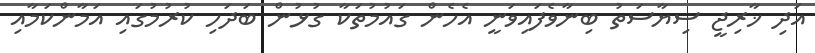
އަދި ޚާރިޖީ ސިޔާސަތު ބިނާވެފައިވަނީ އެހެން ގައުމުތަކާ ގުޅުން ބަދަހި ކުރުމުގައި އަމާންކަމާއި